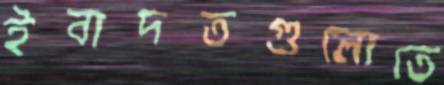
ইবাদতগুলোতে